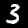
Digit: 3